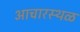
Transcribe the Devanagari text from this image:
आचारस्थळ